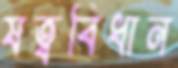
ষত্ববিধান